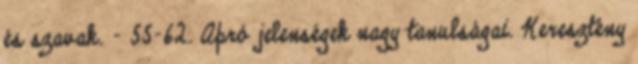
és szavak. – 55-62. Apró jelenségek nagy tanulságai. Keresztény